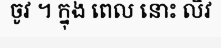
ចូវ ។ ក្នុង ពេល នោះ លិវ